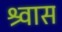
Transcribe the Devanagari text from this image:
श्र्वास